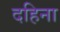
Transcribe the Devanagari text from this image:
दहिना